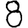
Digit: 8